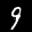
Label: 9